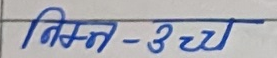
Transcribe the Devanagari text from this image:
निम्न - उच्च